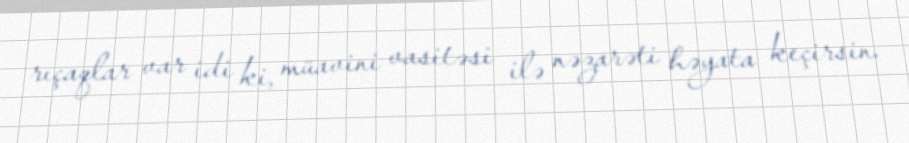
rıçaqlar var idi ki, müavini vasitəsi ilə nəzarəti həyata keçirsin.